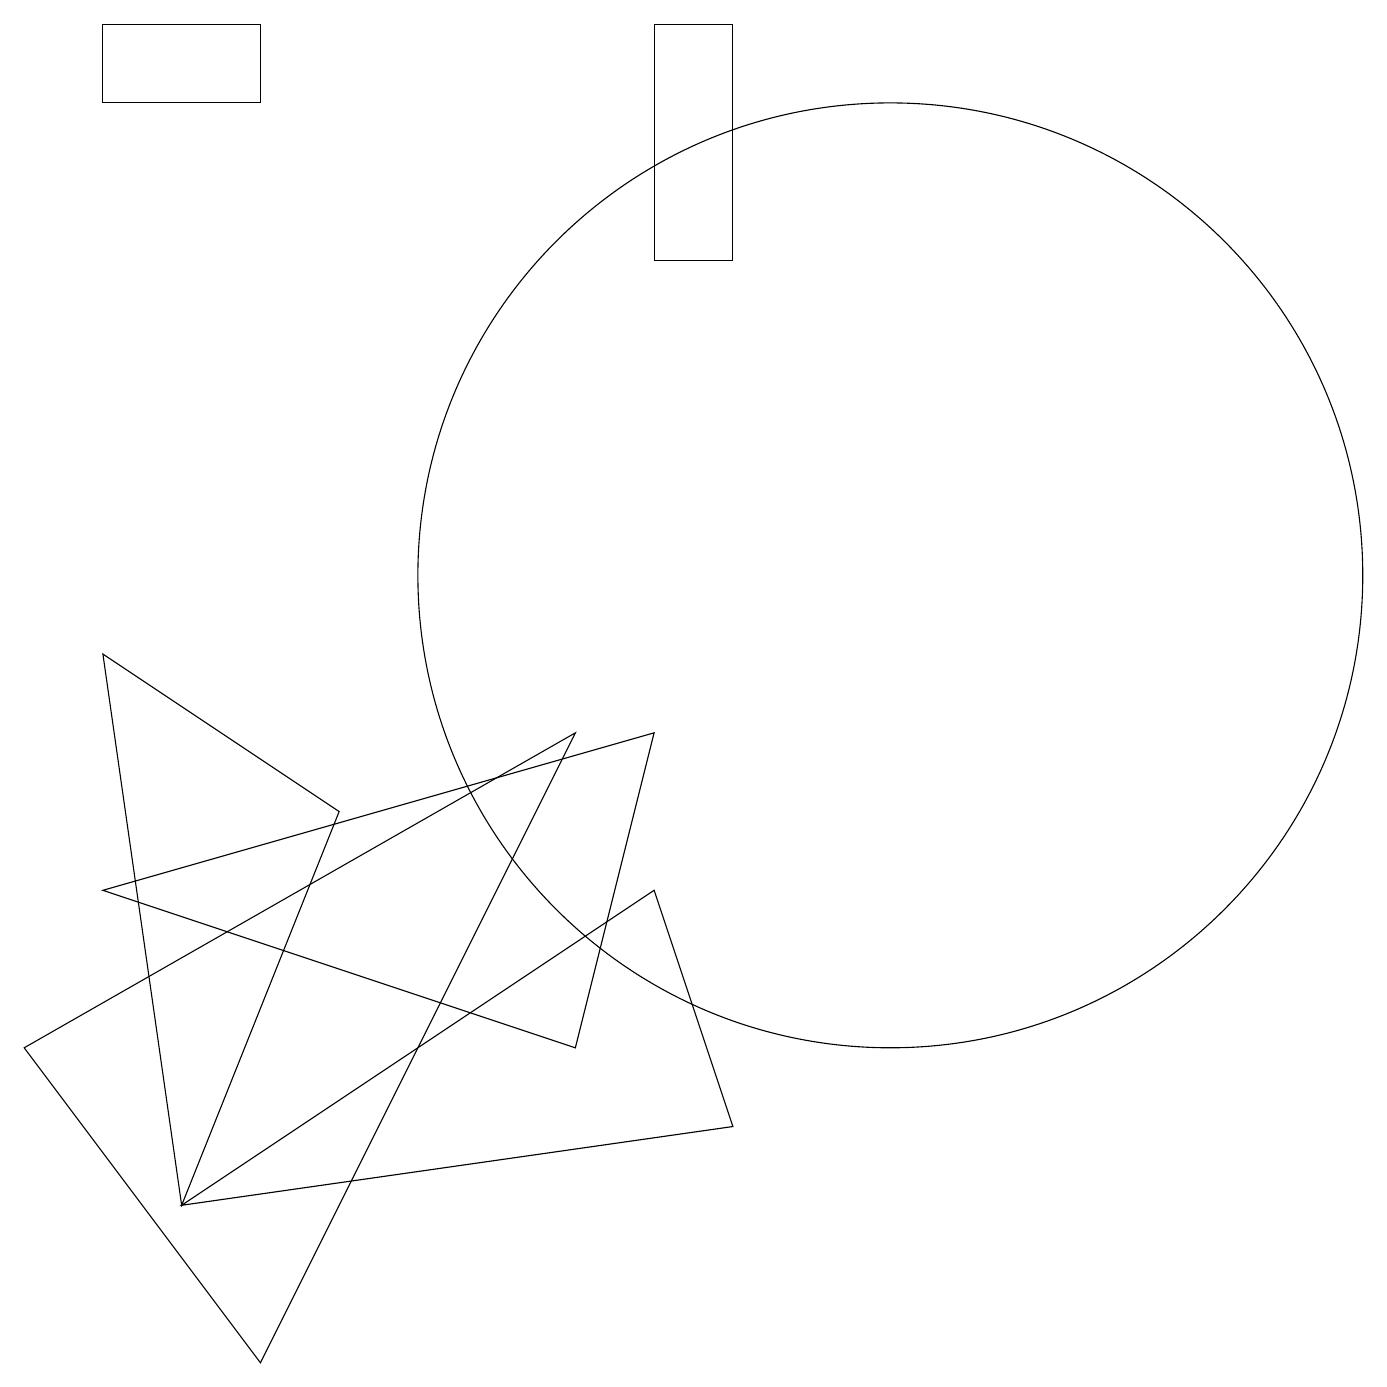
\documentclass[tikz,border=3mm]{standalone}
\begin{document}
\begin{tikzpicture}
\draw (8,17) rectangle (9,14);
\draw (1,16) rectangle (3,17);
\draw (8,6) -- (2,2) -- (9,3) -- cycle;
\draw (0,4) -- (7,8) -- (3,0) -- cycle;
\draw (2,2) -- (1,9) -- (4,7) -- cycle;
\draw (11,10) circle (6);
\draw (7,4) -- (1,6) -- (8,8) -- cycle;
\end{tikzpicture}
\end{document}